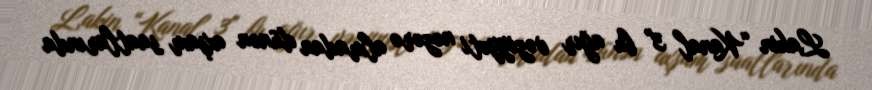
Lakin “Kanal 3" bu ağır vəziyyəti nəzərə almadan dünən axşam saatlarında